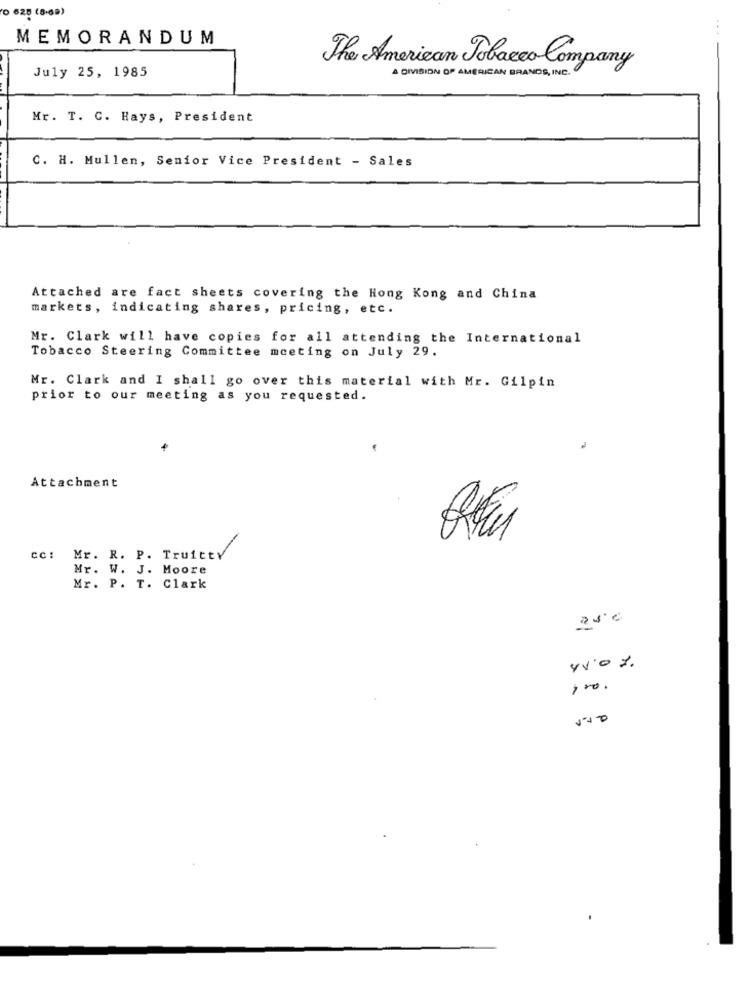
O 625 (8-69)
...
MEMORANDUM
July 25, 1985
The American Tobacco Company
& DIVISION OF AMERICAN BRANDS, INC.
Mr. T. C. Hays, President
C. H. Mullen, Senior Vice President - Sales
Attached are fact sheets covering the Hong Kong and China
markets, indicating shares, pricing, etc.
Mr. Clark will have copies for all attending the International
Tobacco Steering Committee meeting on July 29.
Mr. Clark and I shall go over this material with Mr. Gilpin
prior to our meeting as you requested.
Attachment
cc: Mr. R. P. Truitty
Mr. W. J. Moore
Mr. P. T. Clark
0
P